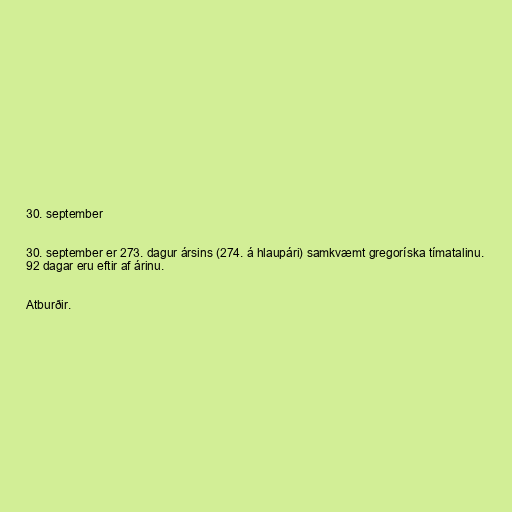
30. september

30. september er 273. dagur ársins (274. á hlaupári) samkvæmt gregoríska tímatalinu.
92 dagar eru eftir af árinu.

Atburðir.